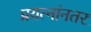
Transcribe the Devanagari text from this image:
प्रयत्नांनतर